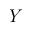
\mathit { Y }